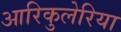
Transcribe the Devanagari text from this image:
आरिकुलेरिया